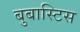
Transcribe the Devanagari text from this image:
बुबास्टिस